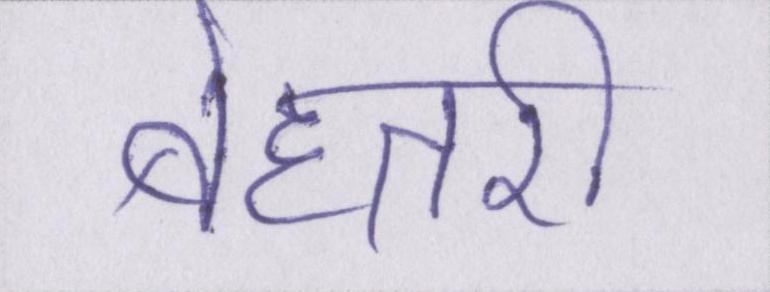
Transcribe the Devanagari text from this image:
बेहतरी